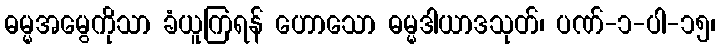
ဓမ္မအမွေကိုသာ ခံယူကြရန် ဟောသော ဓမ္မဒါယာဒသုတ်၊ ပဏ်-၁-ပါ-၁၅၊